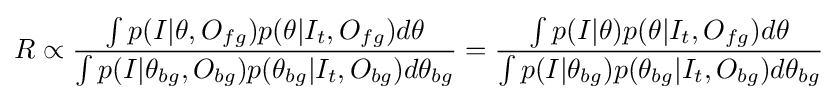
R\propto {\frac {\int {p(I|\theta ,O_{fg})p(\theta |I_{t},O_{fg})}d\theta }{\int {p(I|\theta _{bg},O_{bg})p(\theta _{bg}|I_{t},O_{bg})}d\theta _{bg}}}={\frac {\int {p(I|\theta )p(\theta |I_{t},O_{fg})}d\theta }{\int {p(I|\theta _{bg})p(\theta _{bg}|I_{t},O_{bg})}d\theta _{bg}}}